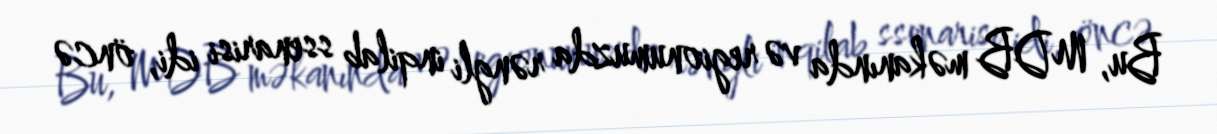
Bu, MDB məkanında və regionumuzda rəngli inqilab ssenarisi idi, öncə